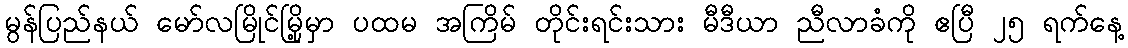
မွန်ပြည်နယ် မော်လမြိုင်မြို့မှာ ပထမ အကြိမ် တိုင်းရင်းသား မီဒီယာ ညီလာခံကို ဧပြီ ၂၅ ရက်နေ့